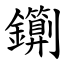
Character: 䥷